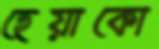
হেয়াকো